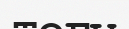
тогы